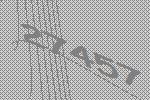
27457